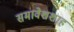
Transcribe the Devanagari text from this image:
समावेशशाह